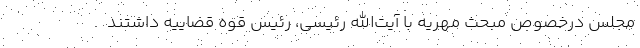
مجلس درخصوص مبحث مهریه با آیت‌الله رئیسی، رئیس قوه‌ قضاییه داشتند